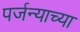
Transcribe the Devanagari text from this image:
पर्जन्याच्या